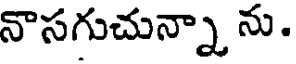
నొసగుచున్నా ను .